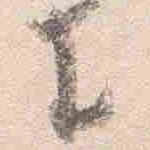
王